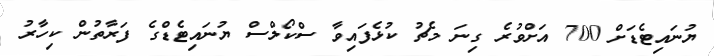
ޔުނައިޓެޑަށް 700 އަށްވުރެ ގިނަ މެޗު ކުޅެފައިވާ ސްކޯލްސް ޔުނައިޓެޑްގެ ފަރާތުން ކިހާރު